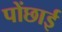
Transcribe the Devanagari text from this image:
पोंछाई